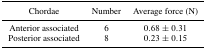
| Chordae | Number | Average force (N) |
 | --- | --- | --- |
 | Anterior associated | 6 | 0.68 ± 0.31 |
 | Posterior associated | 8 | 0.23 ± 0.15 |